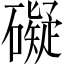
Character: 礙